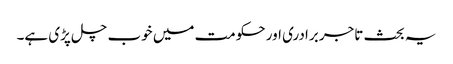
یہ بحث تاجر برادری اور حکومت میں خوب چل پڑی ہے۔